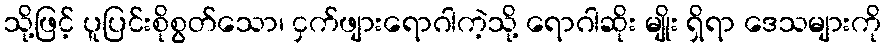
သို့ဖြင့် ပူပြင်းစိုစွတ်သော၊ ငှက်ဖျားရောဂါကဲ့သို့ ရောဂါဆိုး မျိုး ရှိရာ ဒေသများကို